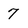
Character: 7